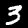
Digit: 3